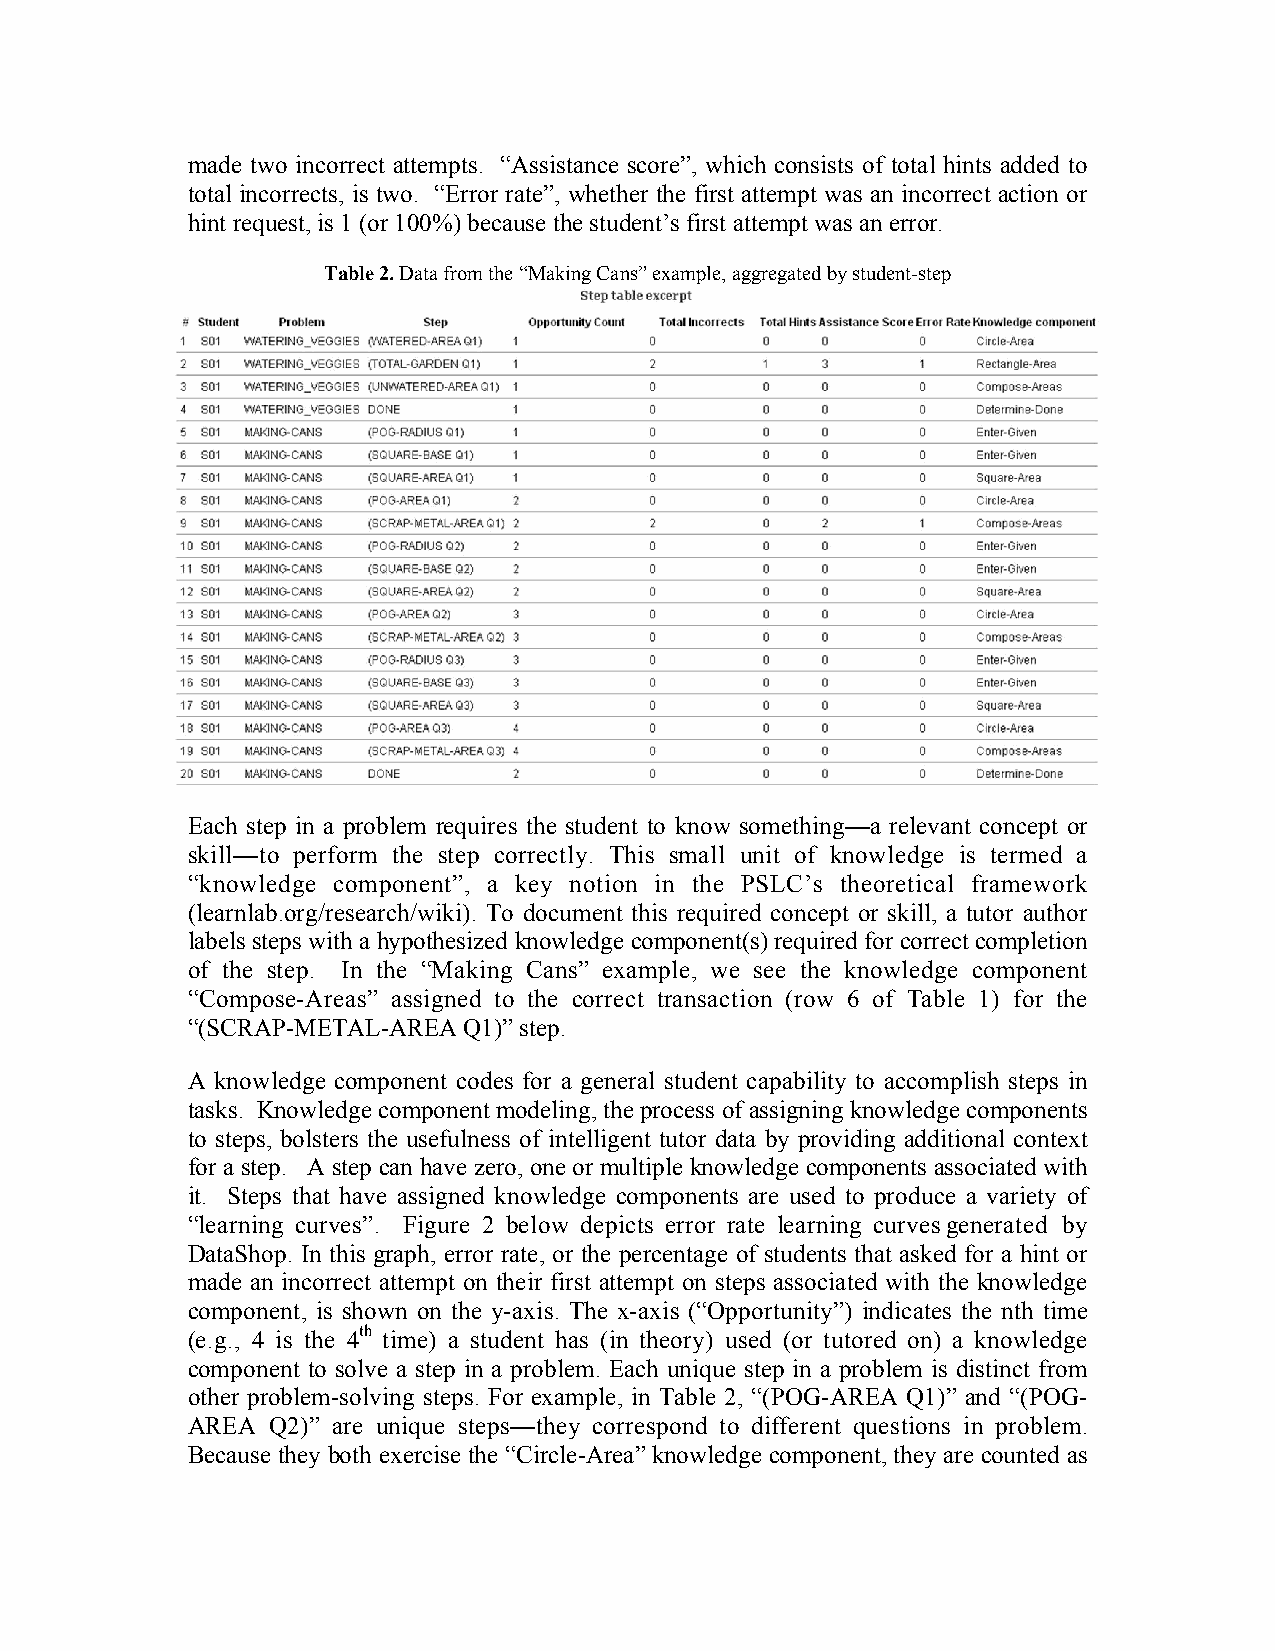
made two incorrect attempts. “Assistance score”, which consists of total hints added to
 total incorrects, is two. “Error rate”, whether the first attempt was an incorrect action or
 hint request, is 1 (or 100%) because the student’s first attempt was an error.
 Table 2. Data from the “Making Cans” example, aggregated by student-step
 Each step in a problem requires the student to know something—a relevant concept or
 skill—to perform the step correctly. This small unit of knowledge is termed a
 “knowledge component”, a key notion in the PSLC’s theoretical framework
 (learnlab.org/research/wiki). To document this required concept or skill, a tutor author
 labels steps with a hypothesized knowledge component(s) required for correct completion
 of the step. In the “Making Cans” example, we see the knowledge component
 “Compose-Areas” assigned to the correct transaction (row 6 of Table 1) for the
 “(SCRAP-METAL-AREA Q1)” step.
 A knowledge component codes for a general student capability to accomplish steps in
 tasks. Knowledge component modeling, the process of assigning knowledge components
 to steps, bolsters the usefulness of intelligent tutor data by providing additional context
 for a step. A step can have zero, one or multiple knowledge components associated with
 it. Steps that have assigned knowledge components are used to produce a variety of
 “learning curves”. Figure 2 below depicts error rate learning curvesgenerated by
 DataShop. In this graph, error rate, or the percentage of students that asked for a hint or
 made an incorrect attempt on their first attempt on steps associated with the knowledge
 component, is shown on the y-axis. The x-axis (“Opportunity”) indicates the nth time
 (e.g., 4 is the 4th time) a student has (in theory) used (or tutored on) a knowledge
 component to solve a step in a problem. Each unique step in a problem is distinct from
 other problem-solving steps. For example, in Table 2, “(POG-AREA Q1)” and “(POG-
 AREA  Q2)” are unique steps—they correspond to different questions in problem.
 Because they both exercise the “Circle-Area” knowledge component, they are counted as